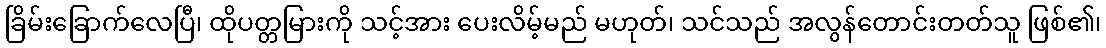
ခြိမ်းခြောက်လေပြီ၊ ထိုပတ္တမြားကို သင့်အား ပေးလိမ့်မည် မဟုတ်၊ သင်သည် အလွန်တောင်းတတ်သူ ဖြစ်၏၊